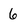
Character: 6